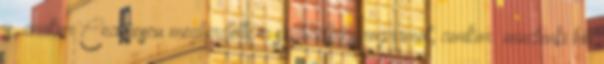
is, amikor Ceausescu meghirdette a szabadságprogramot, amikor „mindenki hitt